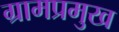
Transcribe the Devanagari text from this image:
ग्रामप्रमुख